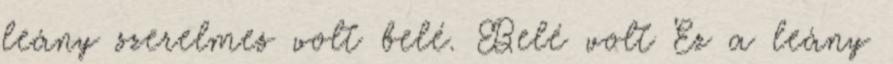
leány szerelmes volt belé. Belé volt Ez a leány